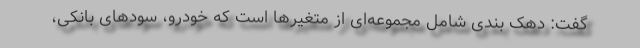
گفت: دهک بندی شامل مجموعه‌ای از متغیرها است که خودرو، سودهای بانکی،